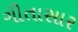
ગીતાસાર